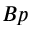
B p